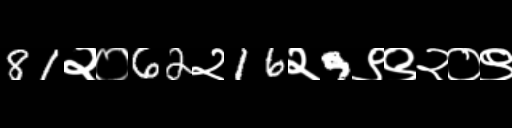
Text: 81२०62२16२9९९२०९